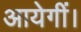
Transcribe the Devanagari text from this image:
आयेगीं।